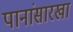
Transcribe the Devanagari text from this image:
पानांसारखा